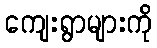
ကျေးရွာများကို